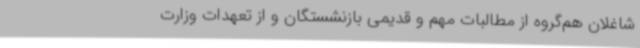
شاغلان هم‌گروه از مطالبات مهم و قدیمی بازنشستگان و از تعهدات وزارت